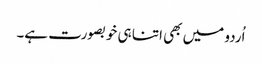
اُردو میں بھی اتنا ہی خوبصورت ہے۔